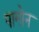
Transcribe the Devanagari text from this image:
पामोन